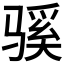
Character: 𫘬